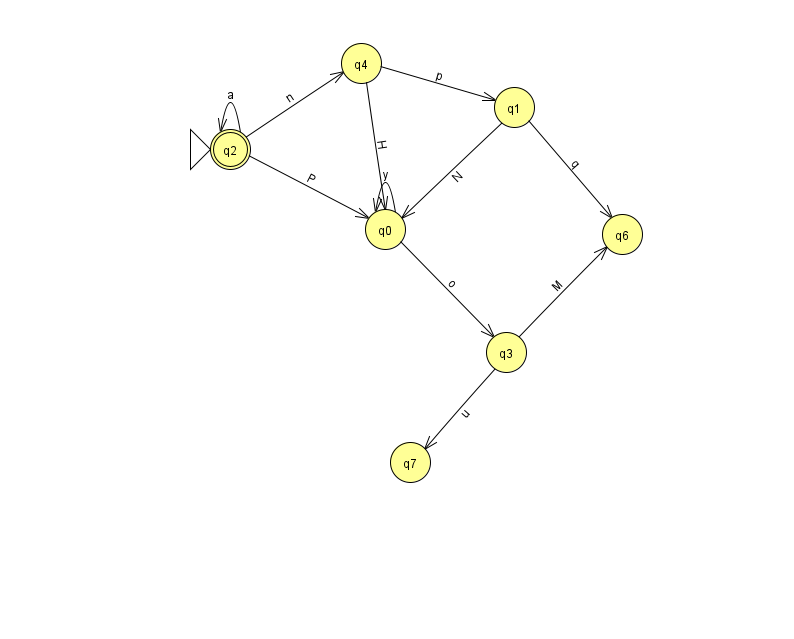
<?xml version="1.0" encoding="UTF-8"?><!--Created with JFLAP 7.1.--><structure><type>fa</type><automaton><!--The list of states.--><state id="0" name="q0"><x>385.0</x><y>216.0</y></state><state id="1" name="q1"><x>514.0</x><y>94.0</y></state><state id="2" name="q2"><x>230.0</x><y>136.0</y><initial/><final/></state><state id="3" name="q3"><x>506.0</x><y>339.0</y></state><state id="4" name="q4"><x>361.0</x><y>50.0</y></state><state id="6" name="q6"><x>622.0</x><y>221.0</y></state><state id="7" name="q7"><x>410.0</x><y>449.0</y></state><!--The list of transitions.--><transition><from>2</from><to>2</to><read>a</read></transition><transition><from>2</from><to>0</to><read>P</read></transition><transition><from>4</from><to>1</to><read>p</read></transition><transition><from>1</from><to>6</to><read>q</read></transition><transition><from>0</from><to>0</to><read>y</read></transition><transition><from>0</from><to>3</to><read>o</read></transition><transition><from>3</from><to>6</to><read>M</read></transition><transition><from>1</from><to>0</to><read>N</read></transition><transition><from>3</from><to>7</to><read>u</read></transition><transition><from>4</from><to>0</to><read>H</read></transition><transition><from>2</from><to>4</to><read>n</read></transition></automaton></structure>